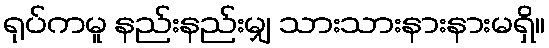
ရုပ်ကမူ နည်းနည်းမျှ သားသားနားနားမရှိ။